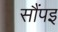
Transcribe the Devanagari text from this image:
सौंपइ